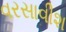
વરસાવીશ